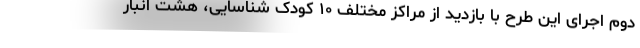
دوم اجرای این طرح با بازدید از مراکز مختلف ۱۰ کودک شناسایی، هشت انبار